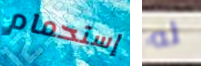
إستحمام له